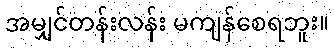
အမျှင်တန်းလန်း မကျန်စေရဘူး။